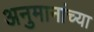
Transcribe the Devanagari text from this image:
अनुमानांच्या